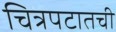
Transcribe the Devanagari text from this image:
चित्रपटातची